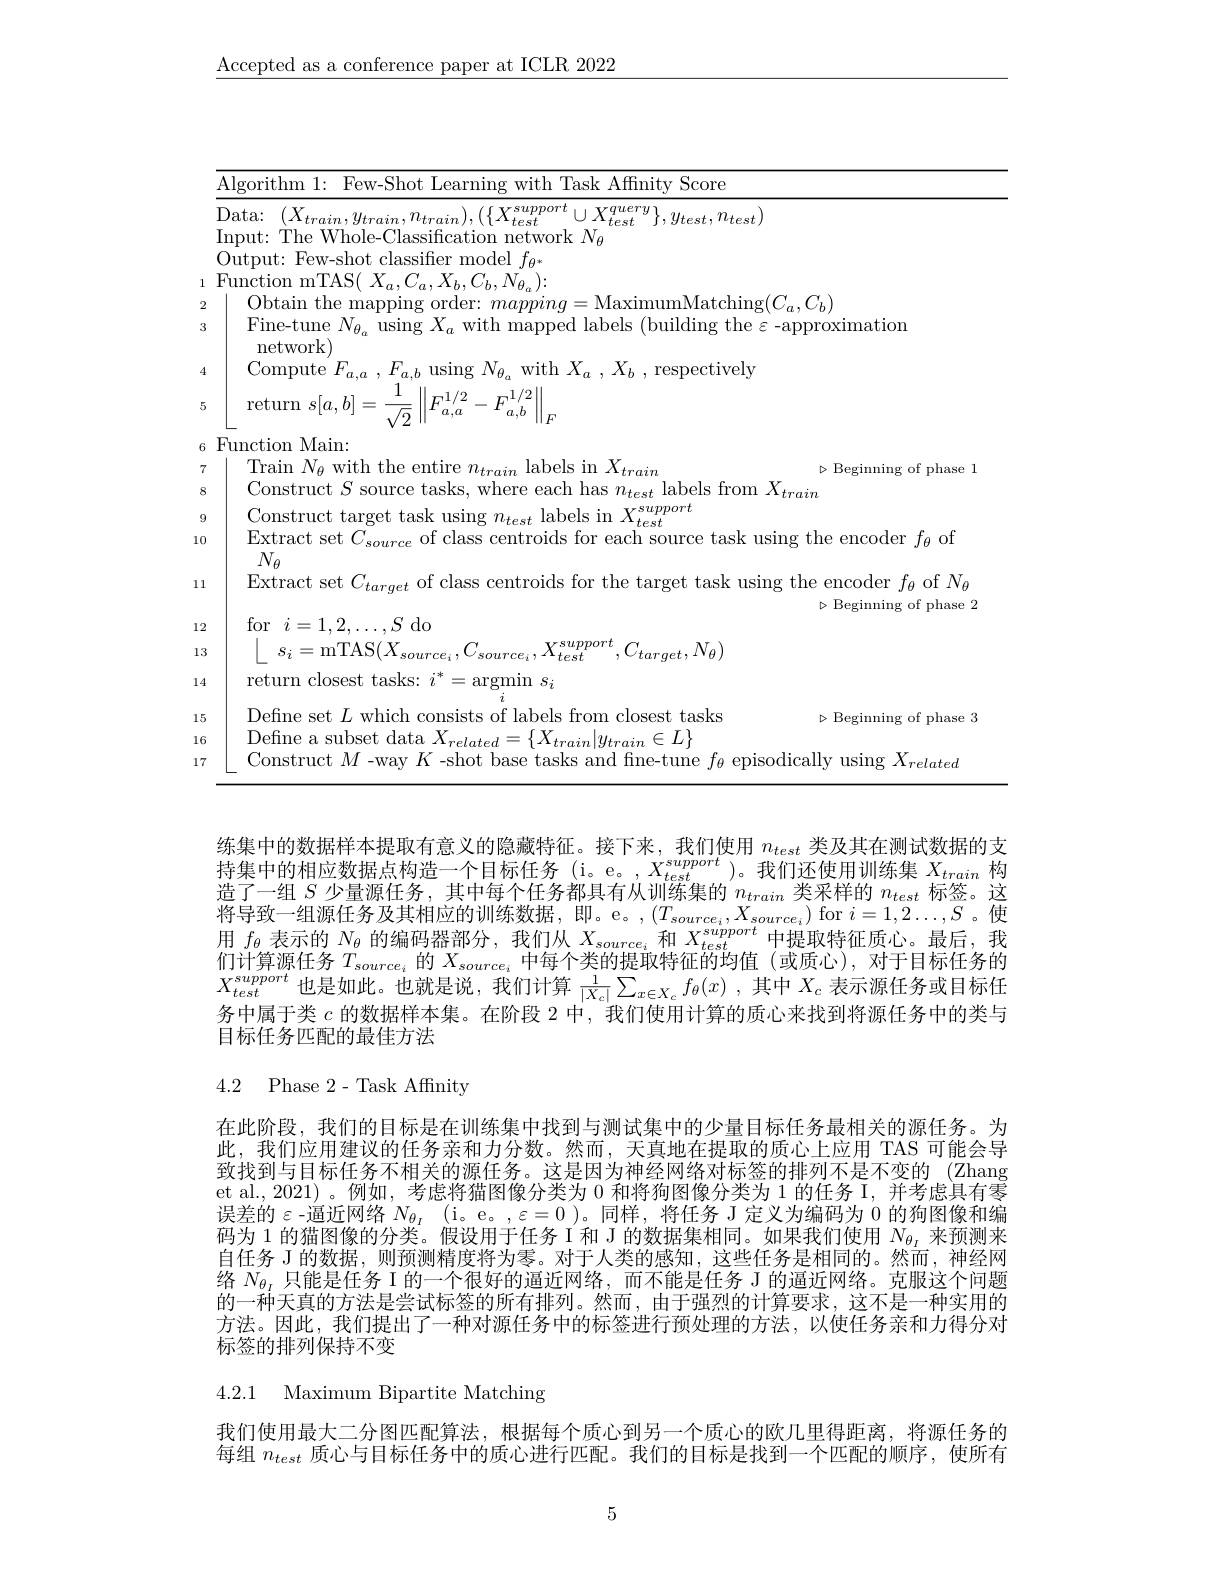
$\underline{\text{Accepted as a conference paper at ICLR 2022}}$

<table>
	<tbody>
		<tr>
			<td> </td>
			<td>Aloorithm 1 Few- Shot =1.PP with Task Affinitv Score</td>
		</tr>
		<tr>
			<td> </td>
			<td>$Data:$ $y_{train}$ rsupport $\boldsymbol{Y}q\boldsymbol{u}\boldsymbol{e}\boldsymbol{r}y\boldsymbol{\Upsilon}$ $n_{test}$ $-train$, $y_{test},n$</td>
		</tr>
		<tr>
			<td> </td>
			<td> </td>
		</tr>
		<tr>
			<td> </td>
			<td>lutmu fier model $f_{\theta^{*}}$</td>
		</tr>
		<tr>
			<td>1</td>
			<td>$N_{a}$ ).</td>
		</tr>
		<tr>
			<td>2</td>
			<td>lhtain t s manning 11.</td>
		</tr>
		<tr>
			<td>3</td>
			<td>Fine-tune $N_{\theta_{a}}$ using $X_a$ with mapped labels (building the $\varepsilon$ $\Xi$-approximation network</td>
		</tr>
		<tr>
			<td></td>
			<td>Compute $F$ llsing llslmg $N_{\theta_{a}}$with$X_a,X_{b}$,respectively</td>
		</tr>
		<tr>
			<td>5</td>
			<td>return $s[a,b]$ $\varpi L/2$</td>
		</tr>
		<tr>
			<td></td>
			<td>Function Main:</td>
		</tr>
		<tr>
			<td>1 R</td>
			<td>STUULC ltran $-tra27$ anstrun</td>
		</tr>
		<tr>
			<td>1 - 1</td>
			<td>support</td>
		</tr>
		<tr>
			<td>0</td>
			<td>Extract set $C$ using the encoder $f_{\theta}$ of</td>
		</tr>
		<tr>
			<td>1</td>
			<td>$\operatorname{Extract}$ $IV_{\beta}$ set of $N_{c}$</td>
		</tr>
		<tr>
			<td>2</td>
			<td>$\triangleright$Beginning of phase 2 $\bullet$ $\zeta$ $\mathop{\mathrm{d}}_{\Omega}$</td>
		</tr>
		<tr>
			<td>A 3</td>
			<td>$N_{a}$</td>
		</tr>
		<tr>
			<td>4</td>
			<td>$\textbf{closest tasks: }$ return argmin. $S_{i}$</td>
		</tr>
		<tr>
			<td>5</td>
			<td>Defne set $|ahe|s$ closest tasks</td>
		</tr>
		<tr>
			<td>6</td>
			<td>Define a s C11hen1 $\in I_{i}\}$</td>
		</tr>
		<tr>
			<td>7</td>
			<td>Constrile 11sino elateg</td>
		</tr>
	</tbody>
</table>

练集中的数据样本提取有意义的隐藏特征。接下来，我们使用$n_{test}$类及其在测试数据的支持集中的相应数据点构造一个目标任务(i$。e。, X_test^{support})$。我们还使用训练集$X_train$构造了一组$S$少量源任务，其中每个任务都具有从训练集的$n_{train}$类采样的$n_{test}$标签。这将导致一组源任务及其相应的训练数据，即。e。,$(T_source_i,X_{source_i})$ for $i=1,2\ldots,S$。使用$f_\theta$表示的$N_\theta$的编码器部分，我们从$X_source_i$和$X_test^{support}$中提取特征质心。最后，我们计算源任务$T_source_i$的$X_source_i$中每个类的提取特征的均值 (或质心),对于目标任务的$X_{test}^{support}$也是如此。也就是说，我们计算$\frac 1{| X_c| }\sum _{x\in X_c}f_\theta ( x)$ ,其中$X_c$表示源任务或目标任务中属于类$c$的数据样本集。在阶段 2 中，我们使用计算的质心来找到将源任务中的类与目标任务匹配的最佳方法

4.2 Phase 2- Task Affinity

在此阶段，我们的目标是在训练集中找到与测试集中的少量目标任务最相关的源任务。为此，我们应用建议的任务亲和力分数。然而，天真地在提取的质心上应用 TAS 可能会导致找到与目标任务不相关的源任务。这是因为神经网络对标签的排列不是不变的 (Zhang et al., 2021)。例如，考虑将猫图像分类为 0 和将狗图像分类为 1 的任务 I, 并考虑具有零误差的$\varepsilon$ -逼近网络$N_\theta_I\:($i。e。,$\varepsilon=0$ )。同样，将任务 J 定义为编码为0的狗图像和编码为 1 的猫图像的分类。假设用于任务 II 和 J 的数据集相同。如果我们使用$N_{\theta_I}$来预测来自任务 J 的数据，则预测精度将为零。对于人类的感知，这些任务是相同的。然而，神经网络$N_{\theta_I}$只能是任务 I 的一个很好的逼近网络，而不能是任务 J 的逼近网络。克服这个问题的一种天真的方法是尝试标签的所有排列。然而，由于强烈的计算要求，这不是一种实用的方法。因此，我们提出了一种对源任务中的标签进行预处理的方法，以使任务亲和力得分对标签的排列保持不变

4.2.1 Maximum Bipartite Matching

我们使用最大二分图匹配算法，根据每个质心到另一个质心的欧几里得距离，将源任务的每组$n_{test}$质心与目标任务中的质心进行匹配。我们的目标是找到一个匹配的顺序，使所有

5